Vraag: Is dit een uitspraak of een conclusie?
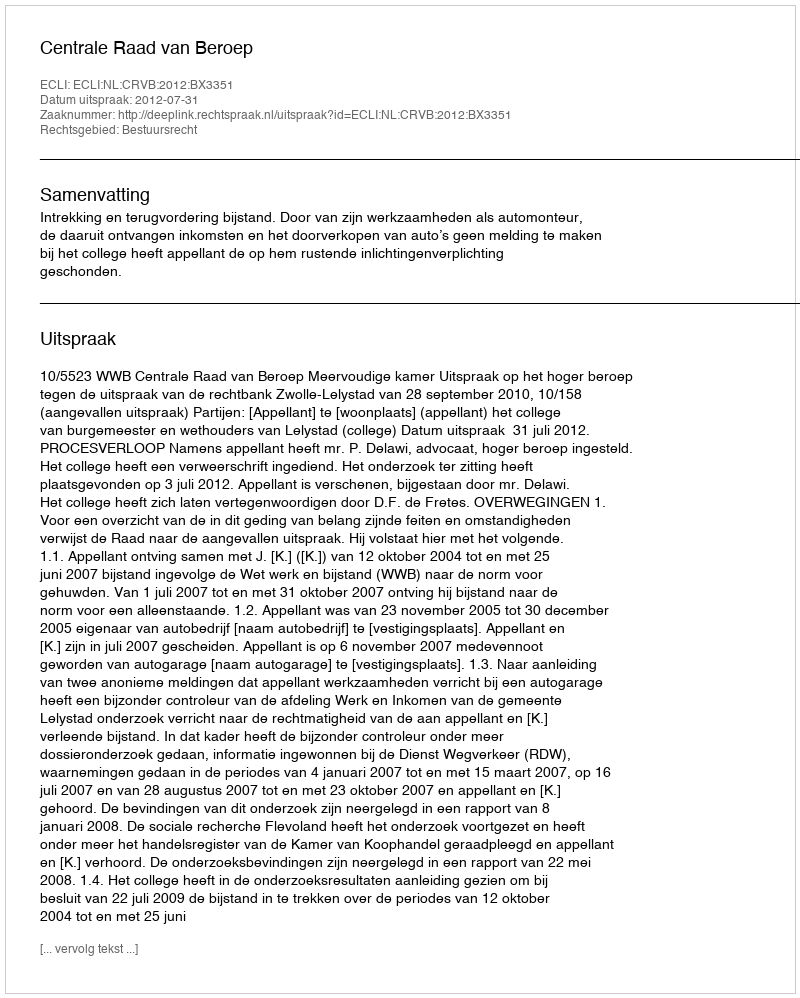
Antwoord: Uitspraak